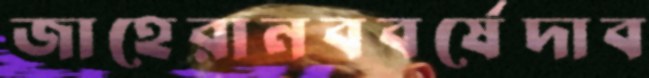
জাহেরানববর্ষেদাব